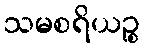
သမစရိယဉ္စ